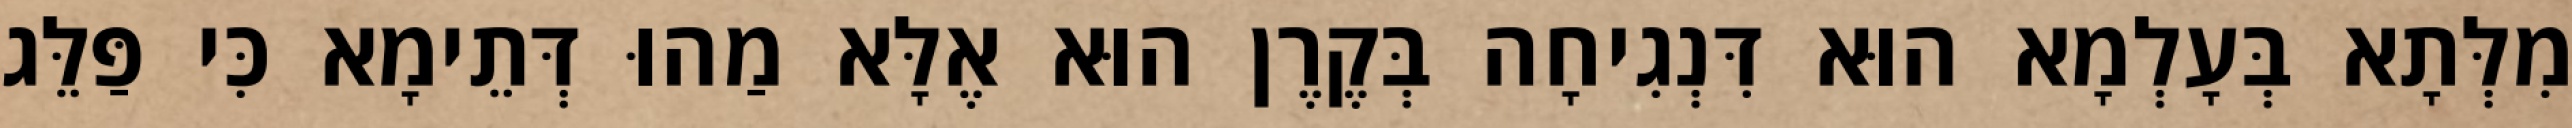
מִלְּתָא בְּעָלְמָא הוּא דִּנְגִיחָה בְּקֶרֶן הוּא אֶלָּא מַהוּ דְּתֵימָא כִּי פַּלֵּג